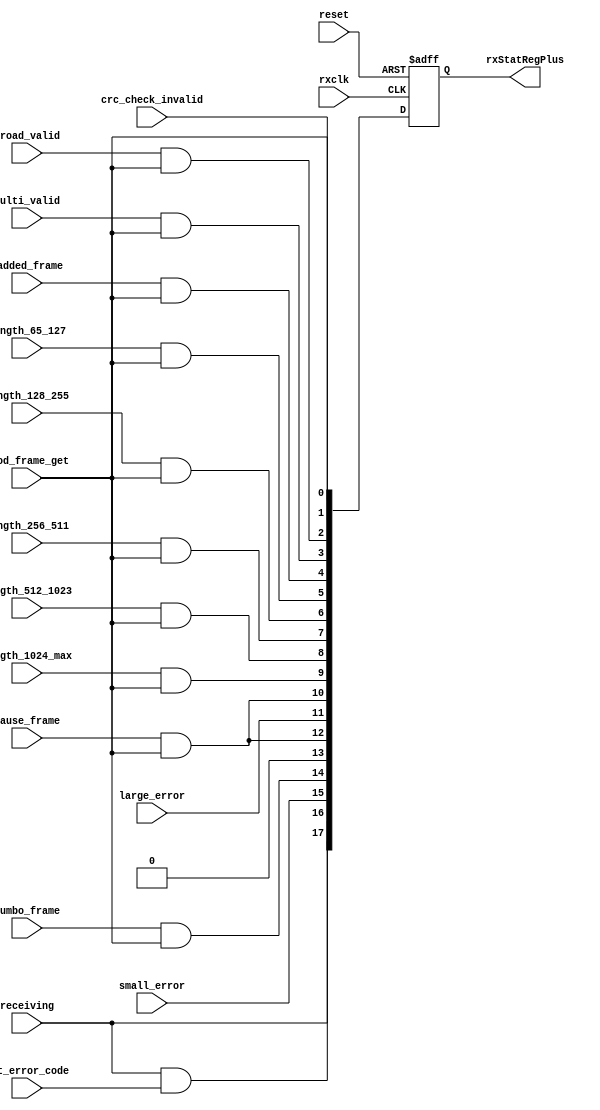
module rxStatModule(rxclk, reset, good_frame_get,crc_check_invalid, large_error, small_error,
                    receiving, padded_frame, pause_frame, broad_valid, multi_valid,
                    length_65_127, length_128_255, length_256_511, length_512_1023, length_1024_max,
                    jumbo_frame, get_error_code, rxStatRegPlus);

   input rxclk;
   input reset;
   input good_frame_get; 
   input large_error;
   input small_error;
   input crc_check_invalid;
   input receiving;
   input padded_frame;
   input pause_frame;
   input broad_valid;
   input multi_valid;
   input length_65_127;
   input length_128_255;
   input length_256_511;
   input length_512_1023;
   input length_1024_max;
   input jumbo_frame;
   input get_error_code;
   output [17:0] rxStatRegPlus;

   parameter TP =1;

   wire[17:0] rxStatRegPlus_tmp;

   ////////////////////////////////////////////
   // Count for Frames Received OK
   ////////////////////////////////////////////
   assign rxStatRegPlus_tmp[0] = good_frame_get;

   ////////////////////////////////////////////
   // Count for FCS check error
   ////////////////////////////////////////////
   assign rxStatRegPlus_tmp[1] = crc_check_invalid;

   ////////////////////////////////////////////
   // Count for BroadCast Frame Received OK
   ////////////////////////////////////////////
   assign rxStatRegPlus_tmp[2] = broad_valid & good_frame_get;

   /////////////////////////////////////////////
   // Count for Multicast Frame Received OK
   /////////////////////////////////////////////
   assign rxStatRegPlus_tmp[3] = multi_valid & good_frame_get;

   ////////////////////////////////////////////
   // Count for 64 byte Frame Received OK
   ////////////////////////////////////////////
   assign rxStatRegPlus_tmp[4] = padded_frame & good_frame_get;

   ////////////////////////////////////////////
   // Count for 65-127 byte Frames Received OK
   ////////////////////////////////////////////
   assign rxStatRegPlus_tmp[5] = length_65_127 & good_frame_get;

   ////////////////////////////////////////////
   // Count for 128-255 byte Frames Received OK
   ////////////////////////////////////////////
   assign rxStatRegPlus_tmp[6] = length_128_255 & good_frame_get;

   ////////////////////////////////////////////
   // Count for 256-511 byte Frames Received OK
   ////////////////////////////////////////////
   assign rxStatRegPlus_tmp[7] = length_256_511 & good_frame_get;

   //////////////////////////////////////////////
   // Count for 512-1023 byte Frames Received OK
   //////////////////////////////////////////////
   assign rxStatRegPlus_tmp[8] = length_512_1023 & good_frame_get;

   //////////////////////////////////////////////
   // Count for 1024-1518 byte Frames Received OK
   //////////////////////////////////////////////
   assign rxStatRegPlus_tmp[9] = length_1024_max & good_frame_get;

   //////////////////////////////////////////////
   // Count for Control Frames Received OK
   //////////////////////////////////////////////
   assign rxStatRegPlus_tmp[10] = pause_frame & good_frame_get;

   //////////////////////////////////////////////
   // Count for Length/Type Out of Range
   //////////////////////////////////////////////
   assign rxStatRegPlus_tmp[11] = large_error;

   //////////////////////////////////////////////
   // Count for Pause Frames Received OK
   //////////////////////////////////////////////
   assign rxStatRegPlus_tmp[12] = pause_frame & good_frame_get;

   /////////////////////////////////////////////////////////////
   // Count for Control Frames Received with Unsupported Opcode.
   /////////////////////////////////////////////////////////////
    assign rxStatRegPlus_tmp[13] = 0;//pause_frame & good_frame_get;

   ///////////////////////////////////////////////
   // Count for Oversize Frames Received OK
   ///////////////////////////////////////////////
   assign rxStatRegPlus_tmp[14] = jumbo_frame & good_frame_get;

   ///////////////////////////////////////////////
   // Count for Undersized Frames Received
   ///////////////////////////////////////////////
   assign rxStatRegPlus_tmp[15] = small_error;

   ///////////////////////////////////////////////
   // Count for Fragment Frames Received
   ///////////////////////////////////////////////
   assign rxStatRegPlus_tmp[16] = receiving & get_error_code;

   ///////////////////////////////////////////////
   // Count for Number of Bytes Received
   ///////////////////////////////////////////////
   assign rxStatRegPlus_tmp[17] = receiving;

   reg[17:0] rxStatRegPlus;
   always@(posedge rxclk or posedge reset) begin
         if(reset)
           rxStatRegPlus <=#TP 0;
         else
           rxStatRegPlus <=#TP rxStatRegPlus_tmp;
   end

endmodule